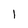
Character: 1